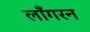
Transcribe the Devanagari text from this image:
लाँगरन